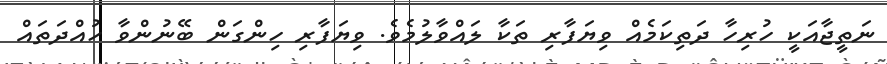
ނަތީޖާއަކީ ހުރިހާ ދަތިކަމެއް ވިޔަފާރި ތަކާ ލައްވާލުމެވެ. ވިޔަފާރި ހިންގަން ބޭނުންވާ ހުއްދަތައް